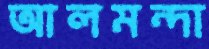
আলমন্দা